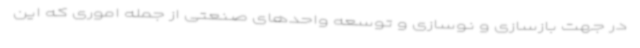
در جهت بازسازی و نوسازی و توسعه واحدهای صنعتی از جمله اموری که این